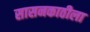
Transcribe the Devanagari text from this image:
सासनकाठीला